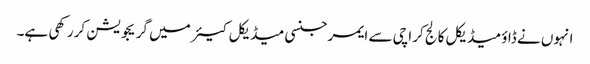
انہوں نے ڈاؤ میڈیکل کالج کراچی سے ایمرجنسی میڈیکل کیئر میں گریجویشن کر رکھی ہے۔